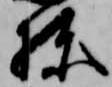
棟